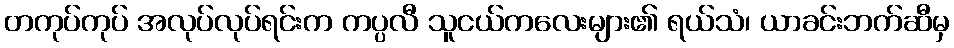
တကုပ်ကုပ် အလုပ်လုပ်ရင်းက ကပ္ပလီ သူငယ်ကလေးများ၏ ရယ်သံ၊ ယာခင်းဘက်ဆီမှ